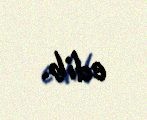
edib.